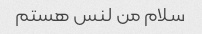
سلام من لنس هستم